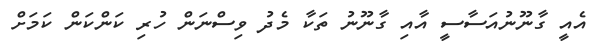
އެއީ ގާނޫނުއަސާސީ އާއި ގާނޫނު ތަކާ މެދު ވިސްނަން ހުރި ކަންކަން ކަމަށް